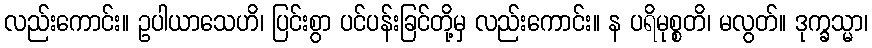
လည်းကောင်း။ ဥပါယာသေဟိ၊ ပြင်းစွာ ပင်ပန်းခြင်တို့မှ လည်းကောင်း။ န ပရိမုစ္စတိ၊ မလွတ်။ ဒုက္ခသ္မာ၊